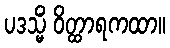
ပဒသ္မိံ ဝိတ္ထာရကထာ။